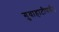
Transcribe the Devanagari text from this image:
गुवाहाटीपर्यंत